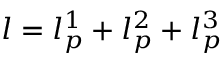
l = l _ { p } ^ { 1 } + l _ { p } ^ { 2 } + l _ { p } ^ { 3 }